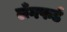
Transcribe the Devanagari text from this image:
लँगफर्ड